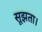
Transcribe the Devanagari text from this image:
सूझता।